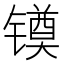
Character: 𰾻